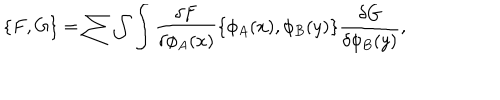
\{ F , G \} = \sum \int \int { \frac { \delta F } { \delta \phi _ { A } ( x ) } } \{ \phi _ { A } ( x ) , \phi _ { B } ( y ) \} { \frac { \delta G } { \delta \phi _ { B } ( y ) } } ,